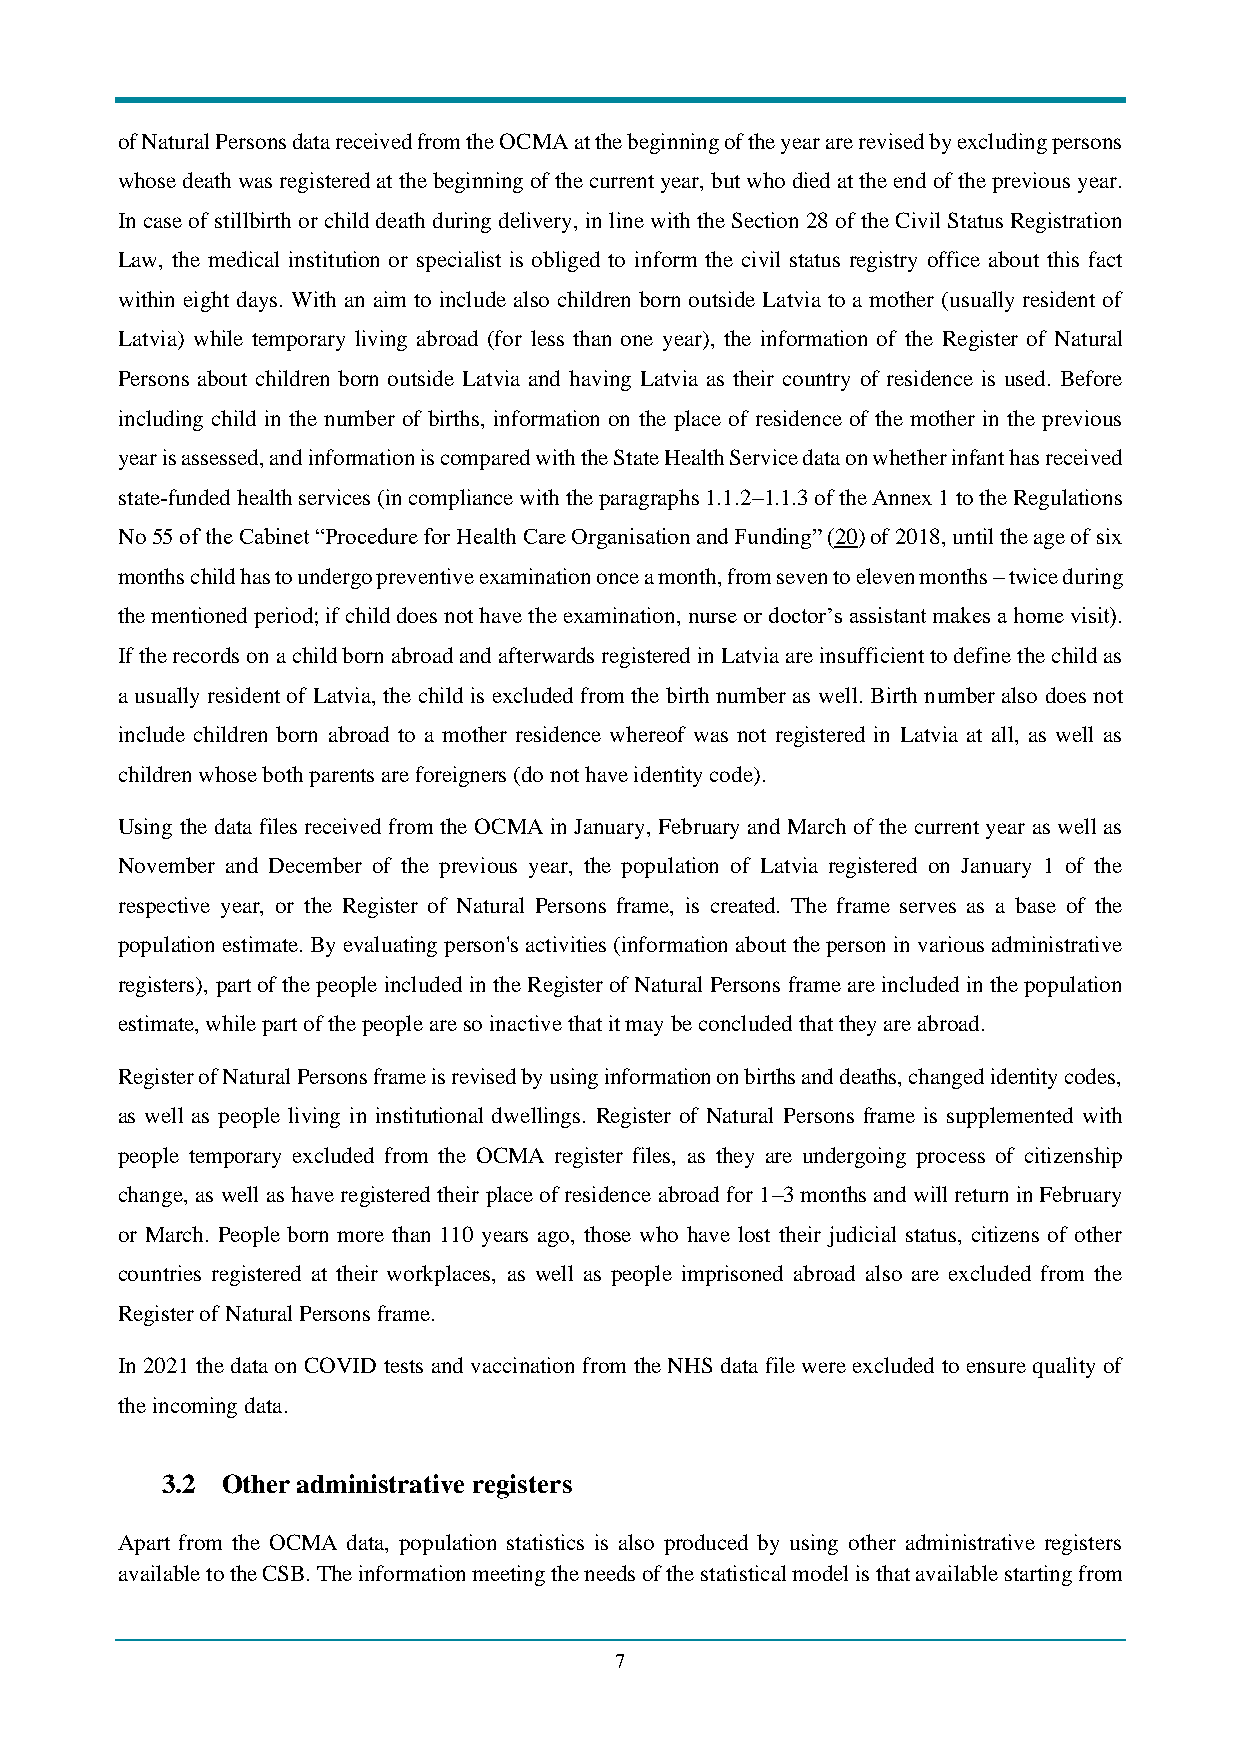
of Natural Persons data received from the OCMA at the beginning of the year are revised by excluding persons
 whose death was registered at the beginning of the current year, but who died at the end of the previous year.
 In case of stillbirth or child death during delivery, in line with the Section 28 of the Civil Status Registration
 Law, the medical institution or specialist is obliged to inform the civil status registry office about this fact
 within eight days. With an aim to include also children born outside Latvia to a mother (usually resident of
 Latvia) while temporary living abroad (for less than one year), the information of the Register of Natural
 Persons about children born outside Latvia and having Latvia as their country of residence is used. Before
 including child in the number of births, information on the place of residence of the mother in the previous
 year is assessed, and information is compared with the State Health Service data on whether infant has received
 state-funded health services (in compliance with the paragraphs 1.1.2–1.1.3 of the Annex 1 to the Regulations
 No 55 of the Cabinet “Procedure for Health Care Organisation and Funding” (20) of 2018, until the age of six
 months child has to undergo preventive examination once a month, from seven to eleven months – twice during
 the mentioned period; if child does not have the examination, nurse or doctor’s assistant makes a home visit).
 If the records on a child born abroad and afterwards registered in Latvia are insufficient to define the child as
 a usually resident of Latvia, the child is excluded from the birth number as well. Birth number also does not
 include children born abroad to a mother residence whereof was not registered in Latvia at all, as well as
 children whose both parents are foreigners (do not have identity code).
 Using the data files received from the OCMA in January, February and March of the current year as well as
 November and December of the previous year, the population of Latvia registered on January 1 of the
 respective year, or the Register of Natural Persons frame, is created. The frame serves as a base of the
 population estimate. By evaluating person's activities (information about the person in various administrative
 registers), part of the people included in the Register of Natural Persons frame are included in the population
 estimate, while part of the people are so inactive that it may be concluded that they are abroad.
 Register of Natural Persons frame is revised by using information on births and deaths, changed identity codes,
 as well as people living in institutional dwellings. Register of Natural Persons frame is supplemented with
 people temporary excluded from the OCMA register files, as they are undergoing process of citizenship
 change, as well as have registered their place of residence abroad for 1–3 months and will return in February
 or March. People born more than 110 years ago, those who have lost their judicial status, citizens of other
 countries registered at their workplaces, as well as people imprisoned abroad also are excluded from the
 Register of Natural Persons frame.
 In 2021 the data on COVID tests and vaccination from the NHS data file were excluded to ensure quality of
 the incoming data.
 3.2 Other administrative registers
 Apart from the OCMA data, population statistics is also produced by using other administrative registers
 available to the CSB. The information meeting the needs of the statistical model is that available starting from
 7